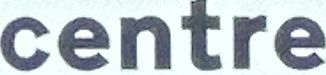
centre